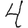
Digit: 4